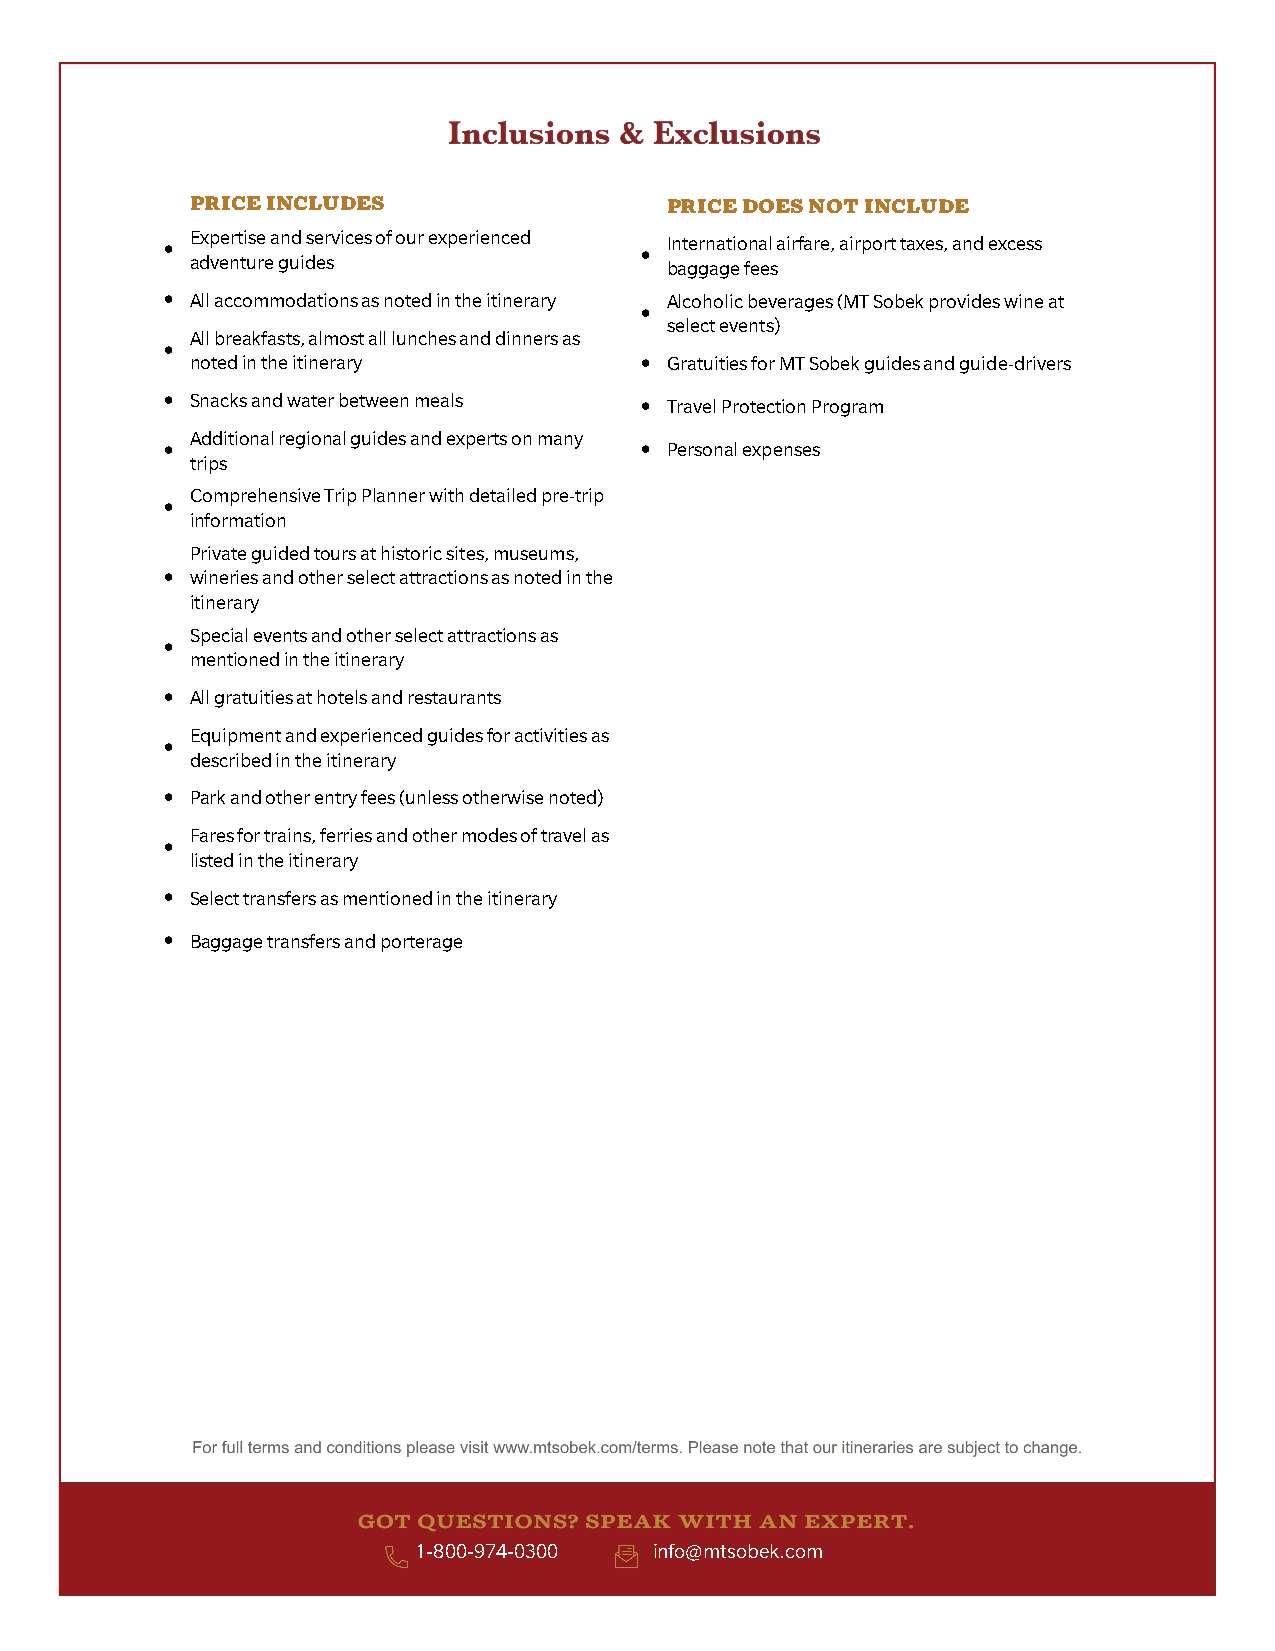
PRICE INCLUDES                 PRICE DOES NOT INCLUDE
 Expertise and services of our experienced International airfare, airport taxes, and excess
 adventure guides               baggage fees
 All accommodations as noted in the itinerary Alcoholic beverages (MT Sobek provides wine at
 select events)
 All breakfasts, almost all lunches and dinners as
 noted in the itinerary         Gratuities for MT Sobek guides and guide-drivers
 Snacks and water between meals Travel Protection Program
 Additional regional guides and experts on many
 Personal expenses
 trips
 Comprehensive Trip Planner with detailed pre-trip
 information
 Private guided tours at historic sites, museums,
 wineries and other select attractions as noted in the
 itinerary
 Special events and other select attractions as
 mentioned in the itinerary
 All gratuities at hotels and restaurants
 Equipment and experienced guides for activities as
 described in the itinerary
 Park and other entry fees (unless otherwise noted)
 Fares for trains, ferries and other modes of travel as
 listed in the itinerary
 Select transfers as mentioned in the itinerary
 Baggage transfers and porterage
 1-800-974-0300 info@mtsobek.com